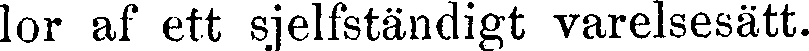
lor af ett sjelfständigt varelsesätt.